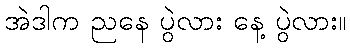
အဲဒါက ညနေ ပွဲလား နေ့ ပွဲလား။